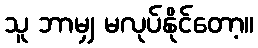
သူ ဘာမျှ မလုပ်နိုင်တော့။